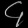
Digit: ၄